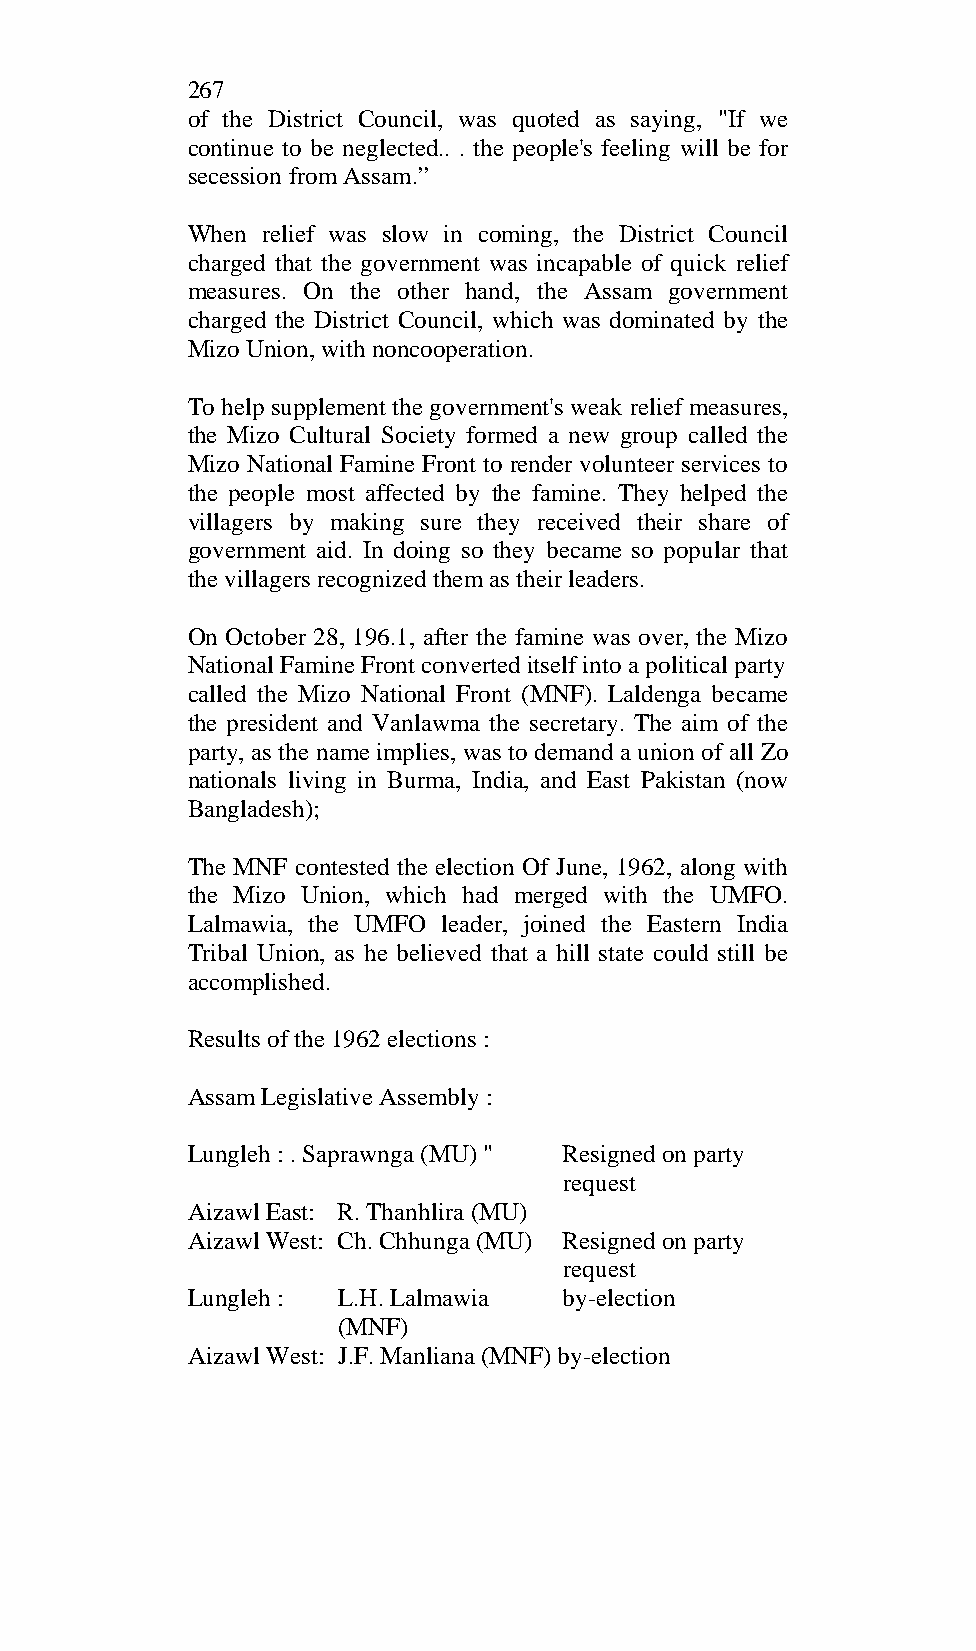
267
 of the District Council, was quoted as saying, "If we
 continue to be neglected.. . the people's feeling will be for
 secession from Assam.”
 When relief was slow in coming, the District Council
 charged that the government was incapable of quick relief
 measures. On the other hand, the Assam government
 charged the District Council, which was dominated by the
 Mizo Union, with noncooperation.
 To help supplement the government's weak relief measures,
 the Mizo Cultural Society formed a new group called the
 Mizo National Famine Front to render volunteer services to
 the people most affected by the famine. They helped the
 villagers by making sure they received their share of
 government aid. In doing so they became so popular that
 the villagers recognized them as their leaders.
 On October 28, 196.1, after the famine was over, the Mizo
 National Famine Front converted itself into a political party
 called the Mizo National Front (MNF). Laldenga became
 the president and Vanlawma the secretary. The aim of the
 party, as the name implies, was to demand a union of all Zo
 nationals living in Burma, India, and East Pakistan (now
 Bangladesh);
 The MNF contested the election Of June, 1962, along with
 the Mizo Union, which had merged with the UMFO.
 Lalmawia, the UMFO leader, joined the Eastern India
 Tribal Union, as he believed that a hill state could still be
 accomplished.
 Results of the 1962 elections :
 Assam Legislative Assembly :
 Lungleh : . Saprawnga (MU) " Resigned on party
 request
 Aizawl East: R. Thanhlira (MU)
 Aizawl West: Ch. Chhunga (MU) Resigned on party
 request
 Lungleh : L.H. Lalmawia  by-election
 (MNF)
 Aizawl West: J.F. Manliana (MNF) by-election